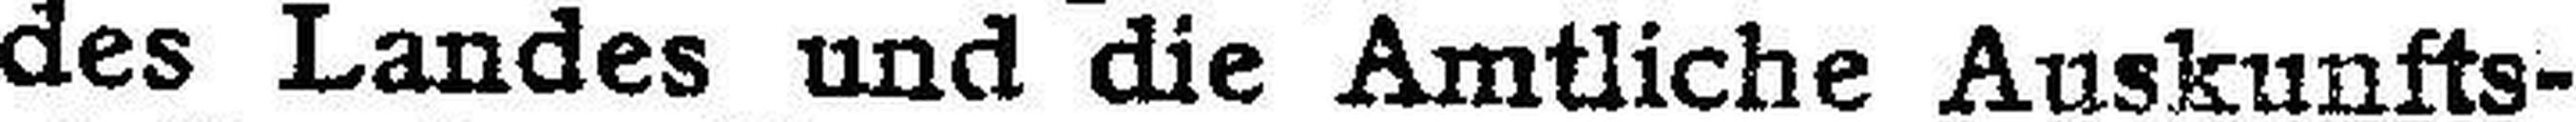
des Landes und die Amtliche Auskunfts¬